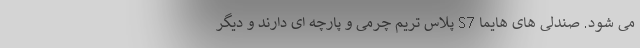
می شود. صندلی های هایما S7 پلاس تریم چرمی و پارچه ای دارند و دیگر